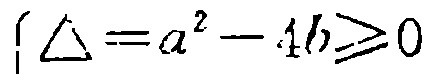
\(\left\{\begin{array}{l}\Delta =a^{2}-4b\geqslant0\end{array}\right.\)